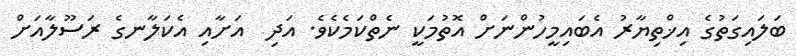
ބަލައިގަތުގެ އިޚްތިޔާރު އެބައިމީހުންނަށް އޮތުމަކީ ނެތްކަމެކެވެ. އަދި  އަށާއި އެކަލާނގެ ރަސޫލާއަށް